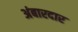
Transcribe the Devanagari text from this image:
अंबारदार